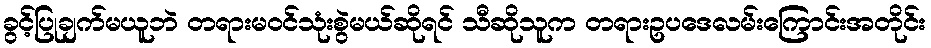
ခွင့်ပြုချက်မယူဘဲ တရားမဝင်သုံးစွဲမယ်ဆိုရင် သီဆိုသူက တရားဥပဒေလမ်းကြောင်းအတိုင်း